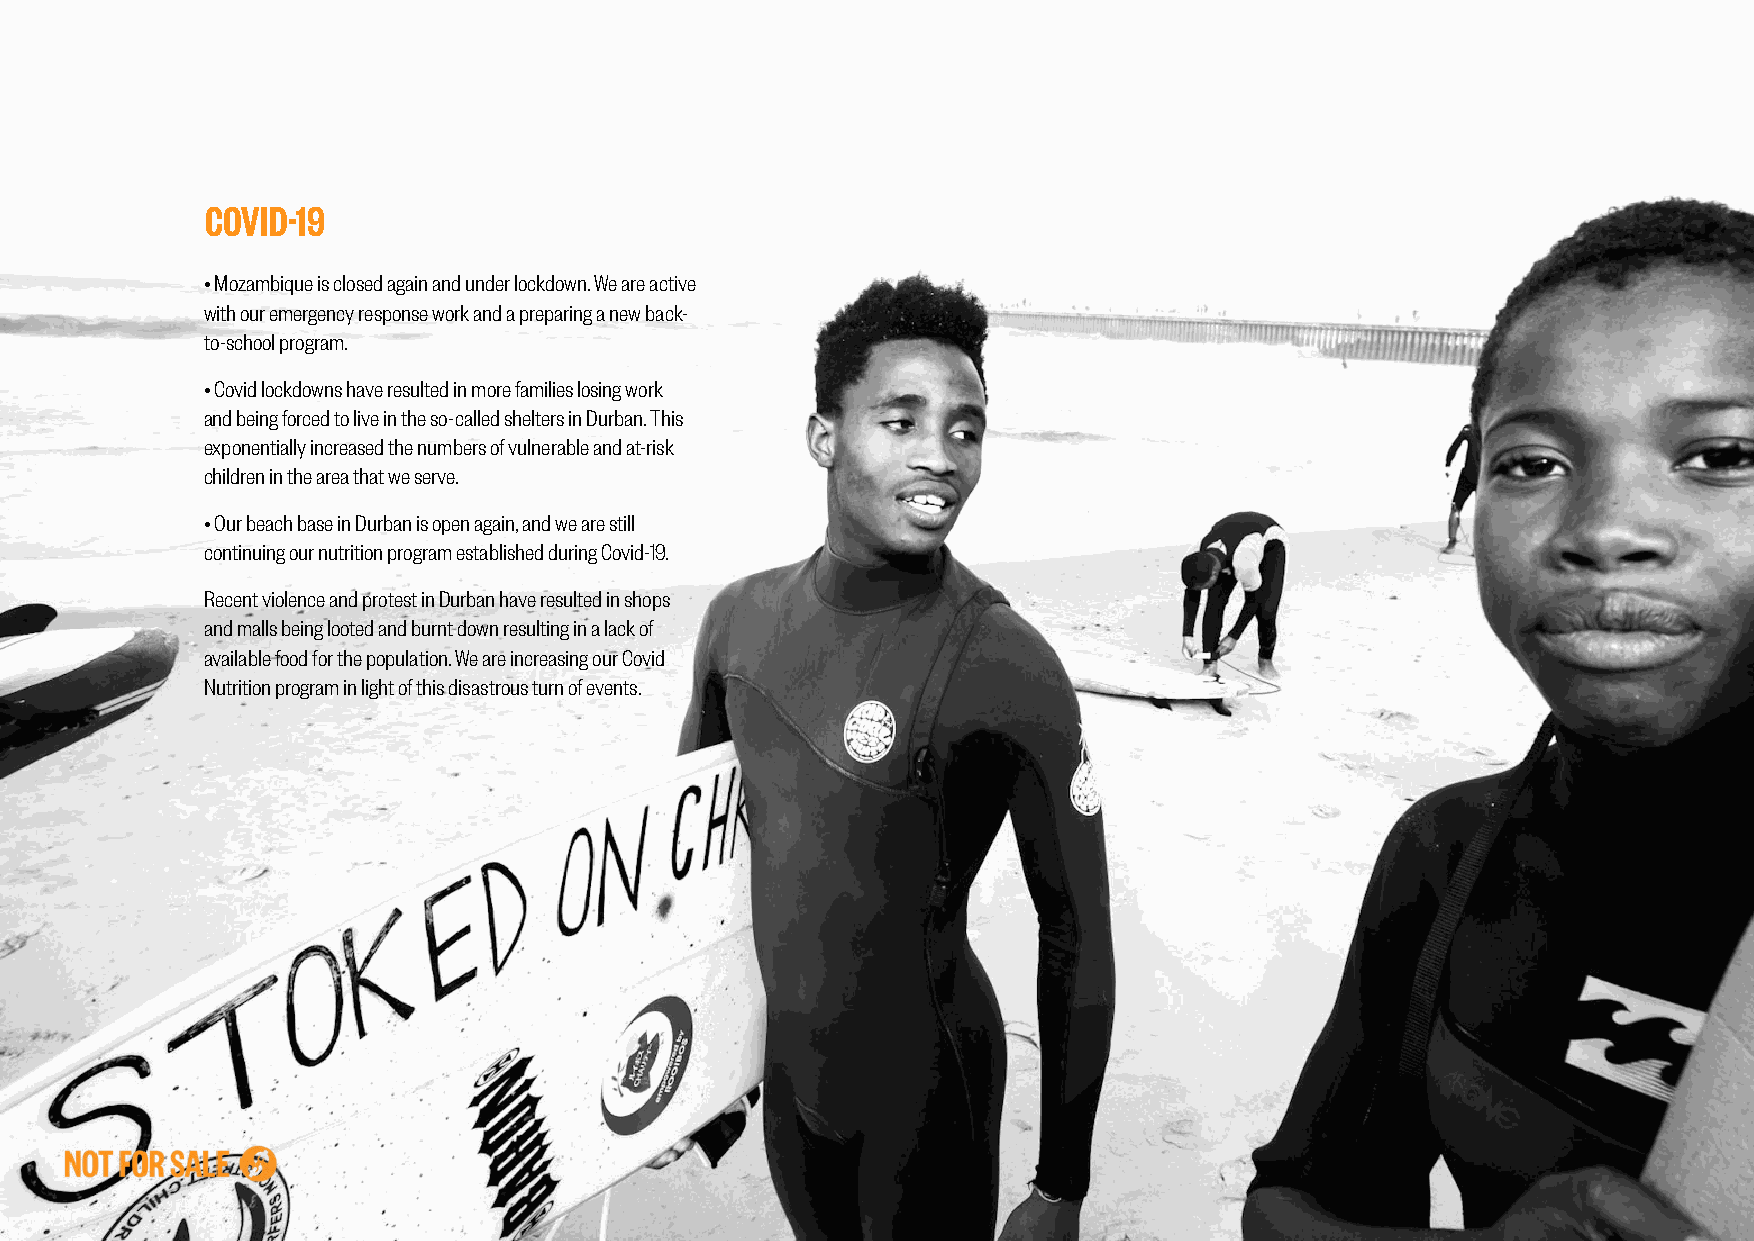
COVID-19
 • Mozambique is closed again and under lockdown. We are active
 with our emergency response work and a preparing a new back-
 to-school program.
 • Covid lockdowns have resulted in more families losing work
 and being forced to live in the so-called shelters in Durban. This
 exponentially increased the numbers of vulnerable and at-risk
 children in the area that we serve.
 • Our beach base in Durban is open again, and we are still
 continuing our nutrition program established during Covid-19.
 Recent violence and protest in Durban have resulted in shops
 and malls being looted and burnt down resulting in a lack of
 available food for the population. We are increasing our Covid
 Nutrition program in light of this disastrous turn of events.